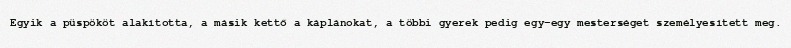
Egyik a püspököt alakította, a másik kettő a káplánokat, a többi gyerek pedig egy-egy mesterséget személyesített meg.